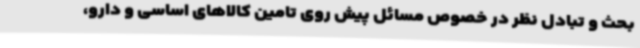
بحث و تبادل نظر در خصوص مسائل پیش روی تامین کالاهای اساسی و دارو،